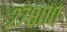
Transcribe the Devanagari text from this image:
२७८००